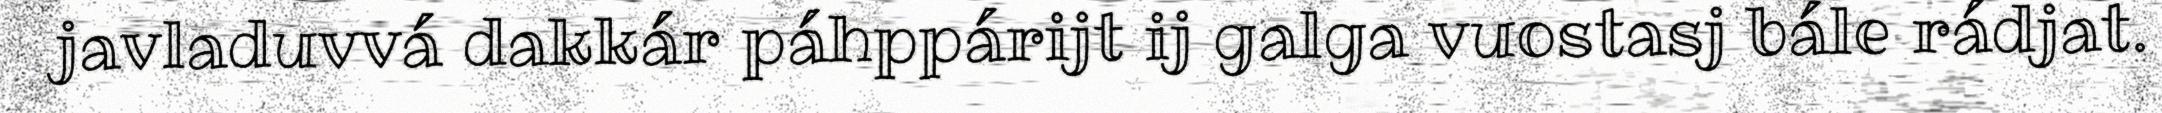
javladuvvá dakkár páhppárijt ij galga vuostasj bále rádjat.